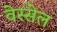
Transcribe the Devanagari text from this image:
वेस्सेल